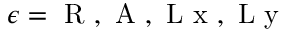
\epsilon = \mathrm { ~ R ~ , ~ A ~ , ~ L ~ x ~ , ~ L ~ y ~ }